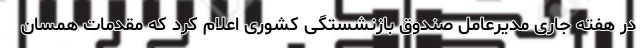
در هفته جاری مدیرعامل صندوق بازنشستگی کشوری اعلام کرد که مقدمات همسان